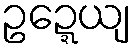
ဥဍ္ဍေယျ